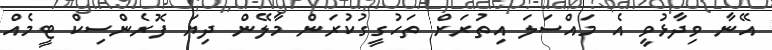
އޭނާ ވިދާޅުވީ އެ މައްސަލަ އިތުރަށް ތަހުގީގުކުރަން މާލޭން ދިޔަ ފޮރެންސިކް ޓީމެއް